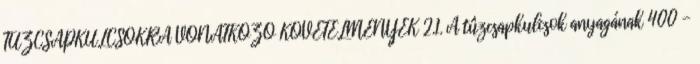
TÛZCSAPKULCSOKRA VONATKOZÓ KÖVETELMÉNYEK 2.1. A tûzcsapkulcsok anyagának 400 -